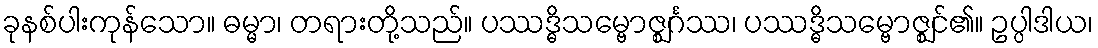
ခုနစ်ပါးကုန်သော။ ဓမ္မာ၊ တရားတို့သည်။ ပဿဒ္ဓိသမ္ဗောဇ္ဈင်္ဂဿ၊ ပဿဒ္ဓိသမ္ဗောဇ္ဈင်၏။ ဥပ္ပါဒါယ၊